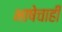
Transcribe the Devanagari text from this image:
भाषेचाही